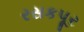
રસકપૂર